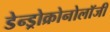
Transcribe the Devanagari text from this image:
डेन्ड्रोक्रोनोलॉजी